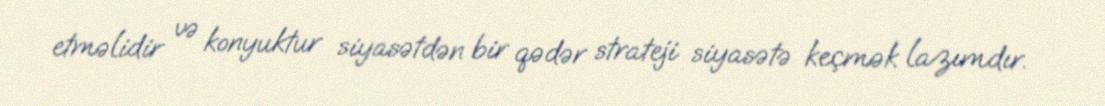
etməlidir və konyuktur siyasətdən bir qədər strateji siyasətə keçmək lazımdır.